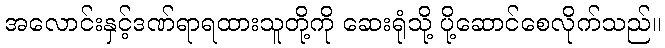
အလောင်းနှင့်ဒဏ်ရာရထားသူတို့ကို ဆေးရုံသို့ ပို့ဆောင်စေလိုက်သည်။